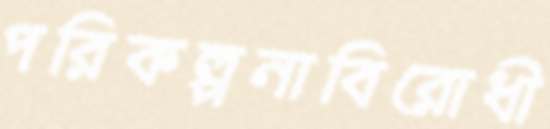
পরিকল্পনাবিরোধী